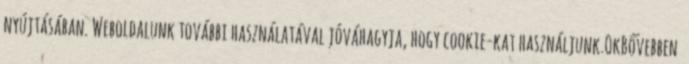
nyújtásában. Weboldalunk további használatával jóváhagyja, hogy cookie-kat használjunk.OkBővebben